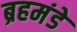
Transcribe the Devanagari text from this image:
ब्रहमंडे